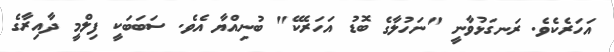
އަހަރެކެވެ. ރަނގަޅުވާނީ "ނަހުލާގެ ބޮޑު އަހަރެކޭ" ބުނިއްޔާ އެވެ. ސަބަބަކީ ފިލްމީ ދާއިރާގެ